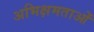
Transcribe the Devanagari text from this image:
अभिक्षमताओं